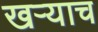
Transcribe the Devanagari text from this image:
खऱ्याच